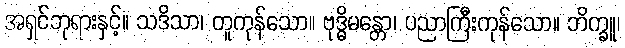
အရှင်ဘုရားနှင့်။ သဒိသာ၊ တူကုန်သော။ ဗုဒ္ဓိမန္တော၊ ပညာကြီးကုန်သော။ ဘိက္ခူ၊